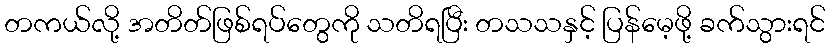
တကယ်လို့ အတိတ်ဖြစ်ရပ်တွေကို သတိရပြီး တသသနှင့် ပြန်မေ့ဖို့ ခက်သွားရင်